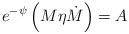
LaTeX: \begin{align*}e^{-\psi} \left( M\eta \dot{M} \right) =A\end{align*}